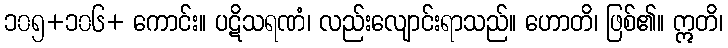
၁၀၅+၁၀၆+ ကောင်း။ ပဋိသရဏံ၊ လည်းလျောင်းရာသည်။ ဟောတိ၊ ဖြစ်၏။ ဣတိ၊